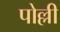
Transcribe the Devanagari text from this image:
पोल्ली